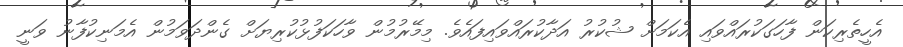
އެހީތެރިކަން ފާހަގަކުރައްވައި އެކަމަށް ޝުކުރު އަދާކުރައްވައިފައެވެ. މިމޭރުމުން ވާހަކަފުޅުކުރިޔަށް ގެންދަވަމުން އެމަނިކުފާނު ވަނީ